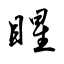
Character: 睲